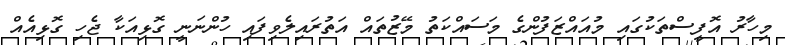
މިހާރު އޮފީސްތަކުގައި މުއައްޒަފުންގެ މަސައްކަތު މޭޒުތައް އަތުރައިލެވިފައި ހުންނަނީ ގޮޅިއަކާ ޖެހި ގޮޅިއެއް